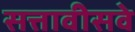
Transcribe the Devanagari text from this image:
सत्तावीसवे